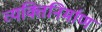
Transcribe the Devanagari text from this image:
व्यक्तिनिर्माण